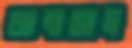
জানাতাম